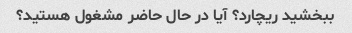
ببخشید ریچارد؟ آیا در حال حاضر مشغول هستید؟